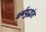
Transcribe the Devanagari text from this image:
धर्मयुद्धांत